Vital statistics of India. Vol. IV, Annual returns from 1871 to 1876. British Army of India, Native Army and jails of Bengal
Year: 1871
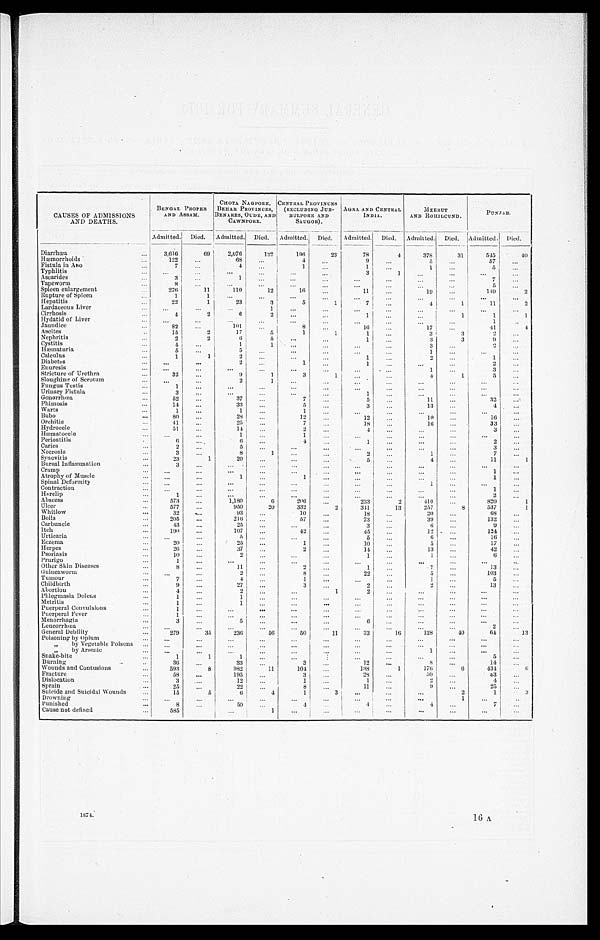
CAUSES OF ADMISSIONS
AND DEATHS.
BENGAL PROPER
AND ASSAM.
CHOTA NAGPORE,
BEHAR PROVINCES,
BENARES, OUDE, AND
CAWNPORE.
CENTRAL PROVINCES
(EXCLUDING JUB-
BULPORE AND
SAUGOR).
AGRA AND CENTRAL
INDIA.
MEERUT
AND ROHILCUND.
PUNJAB.
Admitted.
Died.
Admitted.
Died.
Admitted.
Died.
Admitted.
Died.
Admitted.
D i e d
Admitted.
Died.
Diarrhœa
3,616
69
2,076
122
196
23
78
4
378
31
545
40
Hæmorrhoids
122
68
4
9
5
57
Fistula in Ano
7
4
1
1
1
5
Typhlitis
3
1
Ascarides
3
1
7
Tapeworm
8
5
Spleen enlargement
276
11
110
12
16
11
19
149 2
Rupture of Spleen
1
1
Hepatitis
22
1
23
3
5
1
7
4
1
11
2
Lardaceous Liver
1
Cirrhosis
4
2
6
2
1
1
1
1
Hydatid of Liver
1
Jaundice
82
101
8
16
17
41
4
Ascites
15
2
17
5
1
1
1
3
3
2
Nephritis
2
2
6
5
1
3
3
9
Cystitis
4
1
1
3
2
Hæmaturia
5
5
1
Calculus
1
1
2
1
2
1
Diabetes
2
1
1
2
Enuresis
1
3
Stricture of Urethra
32
9
1
3
1
4
1
5
Sloughing of Scrotum
2
1
Fungus Testis
1
Urinary Fistula
3
1
Gonorrhœa
52
37
7
5
11
32
Phimosis
14
33
5
3
13
4
Warts
1
1
1
Bubo
80
28
12
12
10
16
Orchitis
41
25
7
18
16
33
Hydrocele
51
14
2
4
3
Hæmatocele
1
1
Periostitis
6
6
4
1
2
Caries
2
5
3
Necrosis
3
8
1
2
1
7
Synovitis
23
1
20
5
4
11 1
Bursal Inflammation
3
Cramp
1
Atrophy of Muscle
1
1
1
Spinal Deformity
1
Contraction
1
Harelip
1
2
Abscess
573
1,180
6
206
233
2
410
820 1
Ulcer
577
950
20
332
2
341
13
257
8
537 1
Whitlow
32
93
10
18
20
68
Boils
205
216
57
73
39
132
Carbuncle
43
25
3
6
9
Itch
190
107
42
45
12
124
Urticaria
5
5
6
16
Eczema
20
25
1
10
5
17
Herpes
26
37
2
14
13
42
Psoriasis
10
2
1
1
6
Prurigo
1
Other Skin Diseases
8
11
2
1
7
13
Guineaworm
2
8
22
5
103
Tumour
7
4
1
1
5
Childbirth
9
27
3
2
2
13
Abortion
4
2
1
2
Phlegmasia Dolens
1
1
Metritis
1
1
Puerperal Convulsions
1
Puerperal Fever
1
Menorrhagia
3
5
6
Leucorrhœa
2
General Debility
279
35
236
56
50
11
33
16
128
40
64
13
Poisoning by Opium
„ by Vegetable Poisons
„ by Arsenic
1
S n a k e - b i t e
1
1
1
5
Burning
36
33
3
12
8
14
Wounds and Contusions
593
8
982
11
104
138
1
176
6
434 6
Fracture
58
195
3
28
59
53
Dislocation
3
12
1
1
2
4
Sprain
25
22
8
11
9
25
Suicide and Suicidal Wounds
15
5
6
4
1
3
2
1
3
Drowning
1
Punished
8
5 0
4
4
4
7
Cause not defined
585
1
1874.
16
A